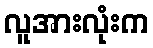
လူအားလုံးက